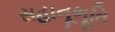
સહાનૂભૂતિ